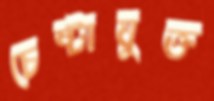
চেষ্টাযুক্ত